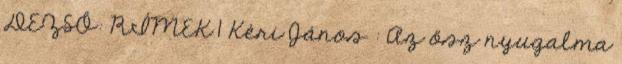
DEZSŐ: RÍMEK 1 Kéri János : Az ősz nyugalma